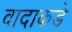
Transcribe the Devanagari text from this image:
वादाकडे